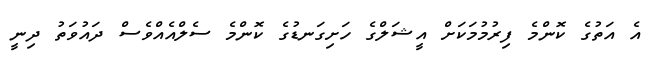
އެ އަތުގެ ކޮންމެ ފިރުމުމަކަށް އީޝަލްގެ ހަށިގަނޑުގެ ކޮންމެ ސެލްއެއްވެސް ދައުވަތު ދިނީ